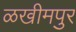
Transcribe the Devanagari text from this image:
ळखीमपुर